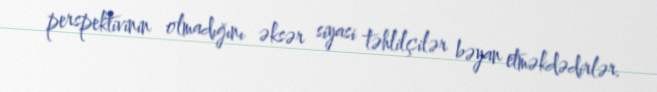
perspektivinin olmadığını əksər siyasi təhlilçilər bəyan etməkdədirlər.